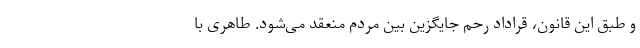
و طبق این قانون، قراداد رحم جایگزین بین مردم منعقد می‌شود. طاهری با